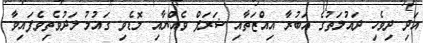
އަދި ދިވެހި ދައުލަތުގެ އަބުރާ އިއްޒަތާއި ޝަރަފް ވެއްޔާއި މޮޑެވި ގައުމު ލަދުވެތިވެފައިވާ